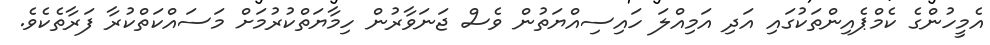
އެމީހުންގެ ކެމްޕެއިންތަކުގައި އަދި އަމިއްލަ ހައިސިއްޔަތުން ވެސް ޖަނަވާރުން ހިމާޔަތްކުރުމަށް މަސައްކަތްކުރާ ފަރާތެކެވެ.